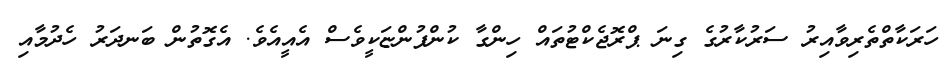
ހަރަކާތްތެރިވާއިރު ސަރުކާރުގެ ގިނަ ޕްރޮޖެކްޓުތައް ހިންގާ ކުންފުންޏަކީވެސް އެއީއެވެ. އެގޮތުން ބަނދަރު ހެދުމާއި